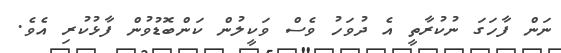
ނަން ފާހަގަ ނުކުރާތީ އެ ދުވަހު ވެސް ވަކީލުން ކަންބޮޑުވުން ފާޅުކުރި އެވެ.